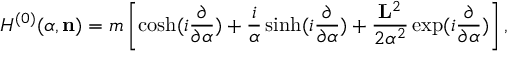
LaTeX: H ^ { ( 0 ) } ( { \alpha } , { \bf n } ) = m \left[ \cosh ( i \frac { \partial } { { \partial } { \alpha } } ) + \frac { i } { { \alpha } } \sinh ( i \frac { \partial } { { \partial } { \alpha } } ) + \frac { { \bf L } ^ { 2 } } { 2 { \alpha } ^ { 2 } } \exp ( i \frac { \partial } { { \partial } { \alpha } } ) \right] ,